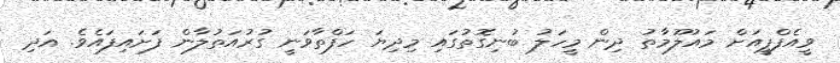
ވީއެފްޕީއަށް މައުލޫމާތު ދިން މީހަލު ބުނިގޮތުގައި މިދިޔަ ހަފްތާވަނީ ގުރުއަތުލާން ފަށައިފައެވެ. އަދި